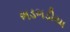
ભડભડીયા